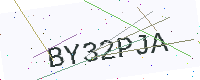
Text: BY32PJA